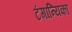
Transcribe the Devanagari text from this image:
टंगान्यिका